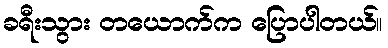
ခရီးသွား တယောက်က ပြောပါတယ်။